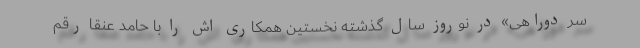
سر دوراهی» در نوروز سال گذشته نخستین همکاری اش را با حامد عنقا رقم